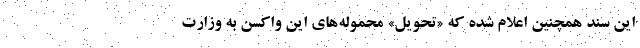
این سند همچنین اعلام شده که «تحویل» محموله‌های این واکسن به وزارت